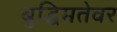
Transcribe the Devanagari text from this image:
बुद्धिमतेवर